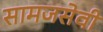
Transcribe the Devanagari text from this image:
सामजसेवी